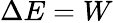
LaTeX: \Delta{}E=W